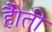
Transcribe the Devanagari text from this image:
हैोती